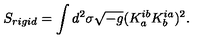
S _ { r i g i d } = \int d ^ { 2 } \sigma \sqrt { - g } ( K _ { a } ^ { i b } K _ { b } ^ { i a } ) ^ { 2 } .